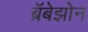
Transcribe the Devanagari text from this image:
ब्रॅबेझोन